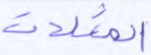
المثلات